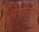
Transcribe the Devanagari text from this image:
श्रेयाला